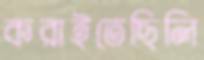
করাইতেছিলি